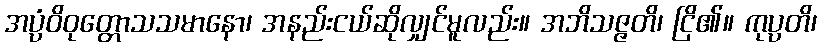
အပ္ပံဝိဝုတ္တောသသမာနော၊ အနည်းငယ်ဆိုလျှင်မူလည်း။ အဘိသဇ္ဇတိ၊ ငြိ၏။ ကုပ္ပတိ၊